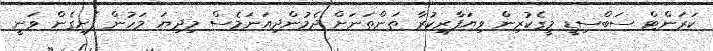
ކަރަންޓް ސަބްސިޑީ މީގެކުރިން ވިޔަފާރިކުރާ ތަންތަނަށް ދެމުންދިއަނަމެސް މިދިޔަ މަހުން ފެށިގެން ވަނީ